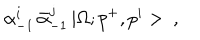
\alpha _ { - 1 } ^ { i } \, \bar { \alpha } _ { - 1 } ^ { j } \, | \Omega ; p ^ { + } , p ^ { i } > \ ,